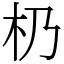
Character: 㭁